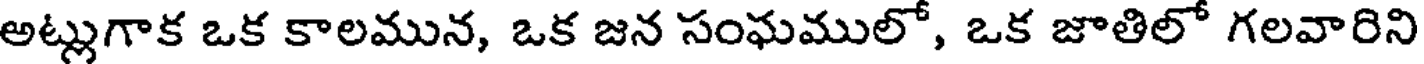
అట్లుగాక ఒక కాలమున, ఒక జన సంఘములో, ఒక జాతిలో గలవారిని